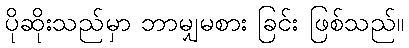
ပိုဆိုးသည်မှာ ဘာမျှမစား ခြင်း ဖြစ်သည်။